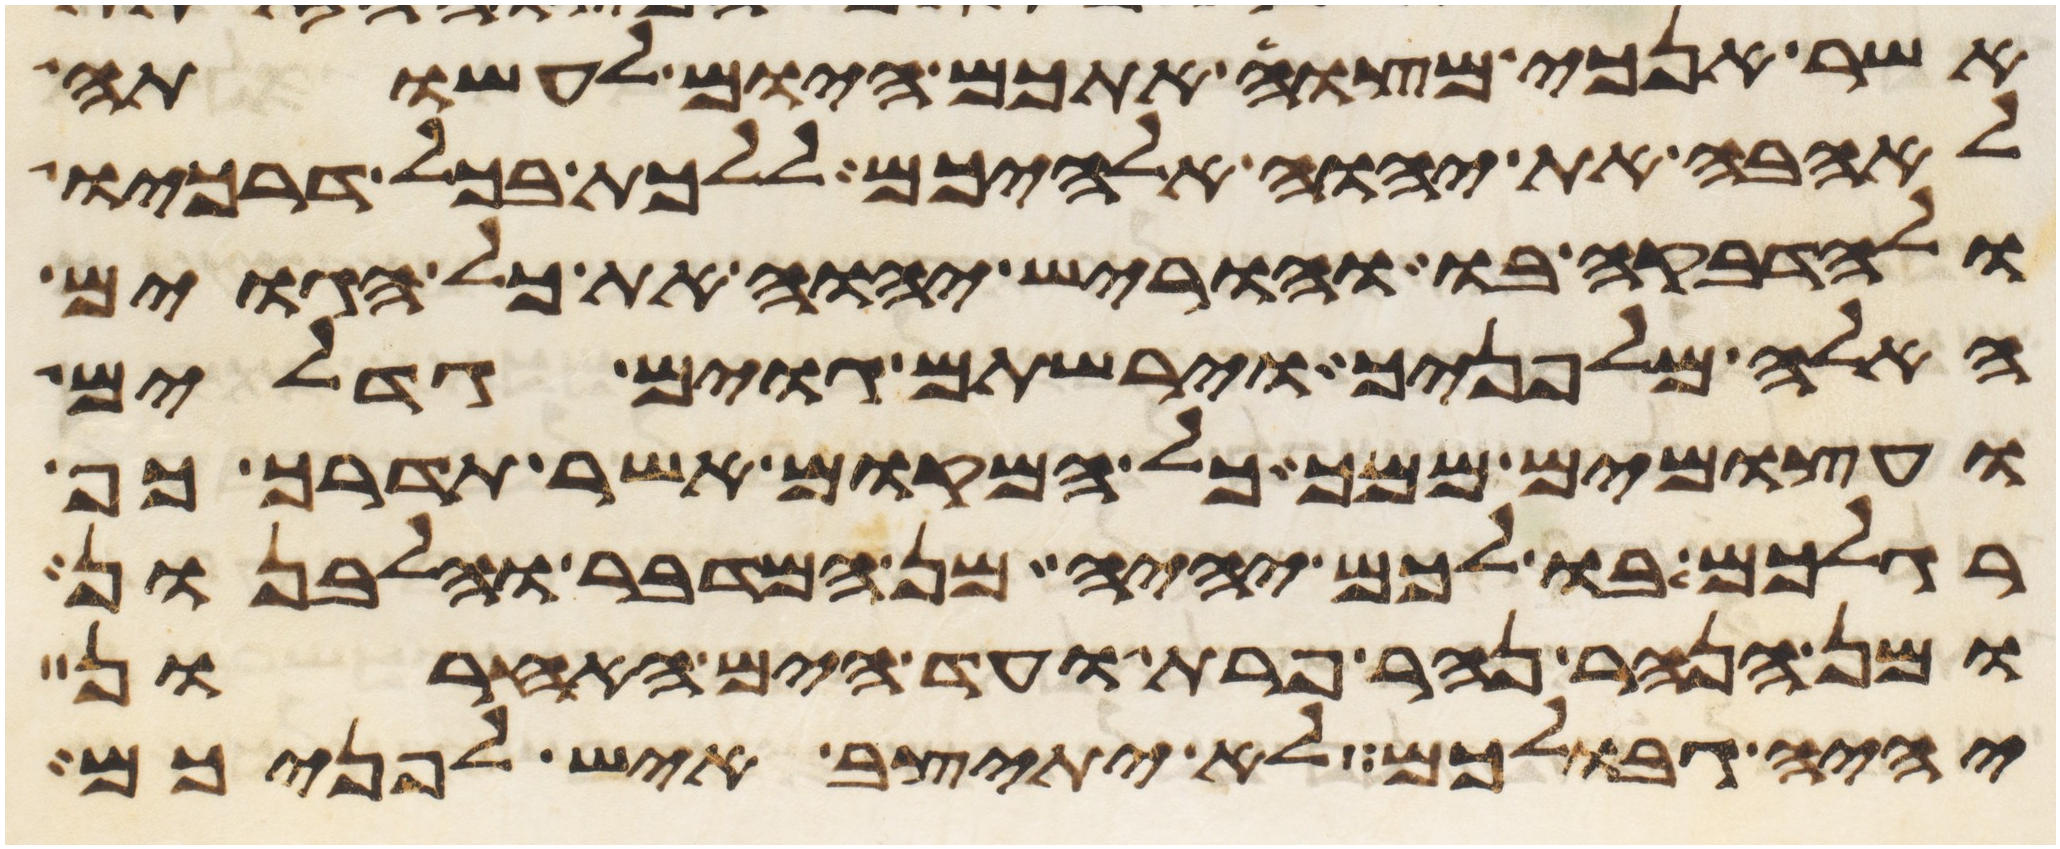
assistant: אשר אנכי מצוה אתכם היום לעשותה
לאהבה את יהוה אלהיכם ללכת בכל דרכיו
ולהדבקה בו והוריש יהוה את כל הגוים
האלה מלפניך וירשתם גוים גדלים
ועצמים ממך כל המקום אשר תדרך כף
רגלכם בו לכם יהיה מן המדבר והלבנון
ומן הנהר נהר פרת ועד הים האחרון
יהיה גבולכם לא יתיצב איש לפניכם